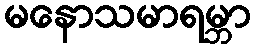
မနောသမာရမ္ဘာ